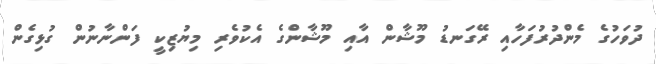
ދުވަހުގެ މެންދުރުފަހާއި ރޭގަނޑު މޫޝާން އާއި މޫޝާންގެ އެކުވެރި މިޔުޒިކީ ފަންނާނުން ގުޅިގެން